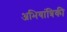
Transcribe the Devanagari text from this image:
अभियांत्रिकी